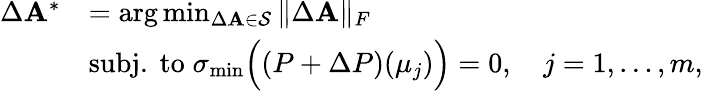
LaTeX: \begin{array}{rl}{\Delta\mathbf{A}^{*}}&{=\mathrm{arg}\operatorname*{min}_{\Delta\mathbf{A}\in\mathcal{S}}\| \Delta\mathbf{A}\| _{F}}\\ &{\mathrm{subj.~to}\; \sigma_{\operatorname*{min}}\Bigl((P+\Delta P)(\mu_{j})\Bigr)=0,\quad j=1,\ldots,m,}\end{array}